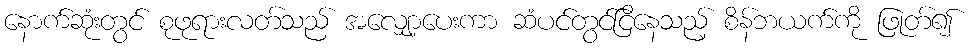
နောက်ဆုံးတွင် စုဖုရားလတ်သည် အလျှော့ပေးကာ ဆံပင်တွင်ငြိနေသည့် စိန်ဘယက်ကို ဖြုတ်၍